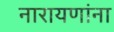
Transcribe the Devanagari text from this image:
नारायणांना